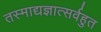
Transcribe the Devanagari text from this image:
तस्माद्यज्ञात्सर्वहुत